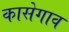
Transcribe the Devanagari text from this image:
कासेगाव